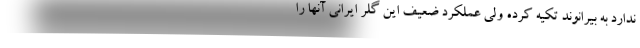
ندارد به بیرانوند تکیه کرده ولی عملکرد ضعیف این گلر ایرانی آنها را